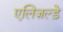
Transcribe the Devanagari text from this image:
एलिज़ल्ड़े